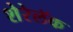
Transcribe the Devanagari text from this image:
शेरेलॅक